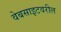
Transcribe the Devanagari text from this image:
वेबसाइटवरील